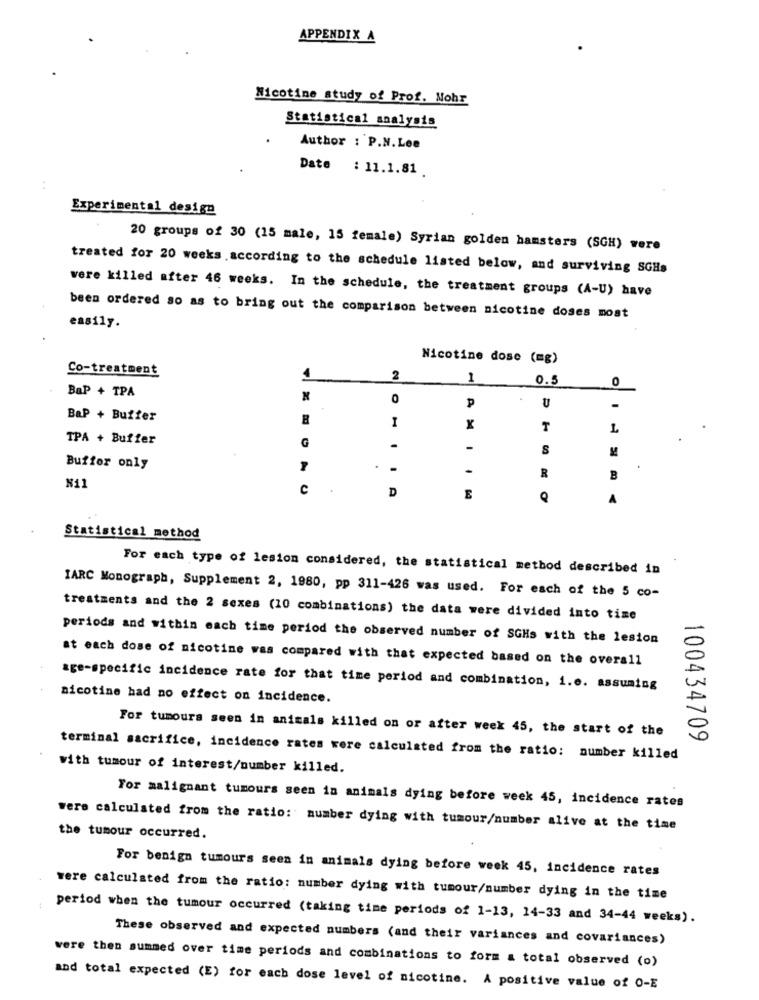
APPENDIX A
Nicotine study of Prof. Nohr
Statistical analysis
Author : P.N.Lee
Date : 11.1.81
Experimental design
20 groups of 30 (15 male, 15 female) Syrian golden hamsters (SGH) were
treated for 20 weeks .according to the schedule listed below, and surviving SGHs
were killed after 46 weeks. In the schedule, the treatment groups (A-U) have
been ordered so as to bring out the comparison between nicotine doses most
easily.
Nicotine dose (mg)
Co-treatment
2
1
0.5
0
BaP + TPA
0
P
U
BaP + Buffer
1
x
1
TPA + Buffer
G
-
S
Buffer only
-
R
B
Ni
C
D
E
Statistical method
For each type of lesion considered, the statistical method described in
IARC Monograph, Supplement 2, 1980, pp 311-426 was used. For each of the 5 co-
treatments and the 2 sexes (10 combinations) the data were divided into time
periods and within each time period the observed number of SGHs with the lesion
at each dose of nicotine was compared with that expected based on the overall
age-specific incidence rate for that time period and combination, i.e. assuming
nicotine had no effect on incidence.
For tumours seen in animals killed on or after week 45, the start of the
100434709
terminal sacrifice, incidence rates were calculated from the ratio: number killed
with tumour of interest/number killed.
For malignant tumours seen in animals dying before week 45, incidence rates
were calculated from the ratio: number dying with tumour/number alive at the time
the tumour occurred.
For benign tumours seen in animals dying before week 45, incidence rates
were calculated from the ratio: number dying with tumour/number dying in the time
period when the tumour occurred (taking time periods of 1-13, 14-33 and 34-44 weeks).
These observed and expected numbers (and their variances and covariances)
were then summed over time periods and combinations to form a total observed (o)
and total expected (E) for each dose level of nicotine. A positive value of 0-E